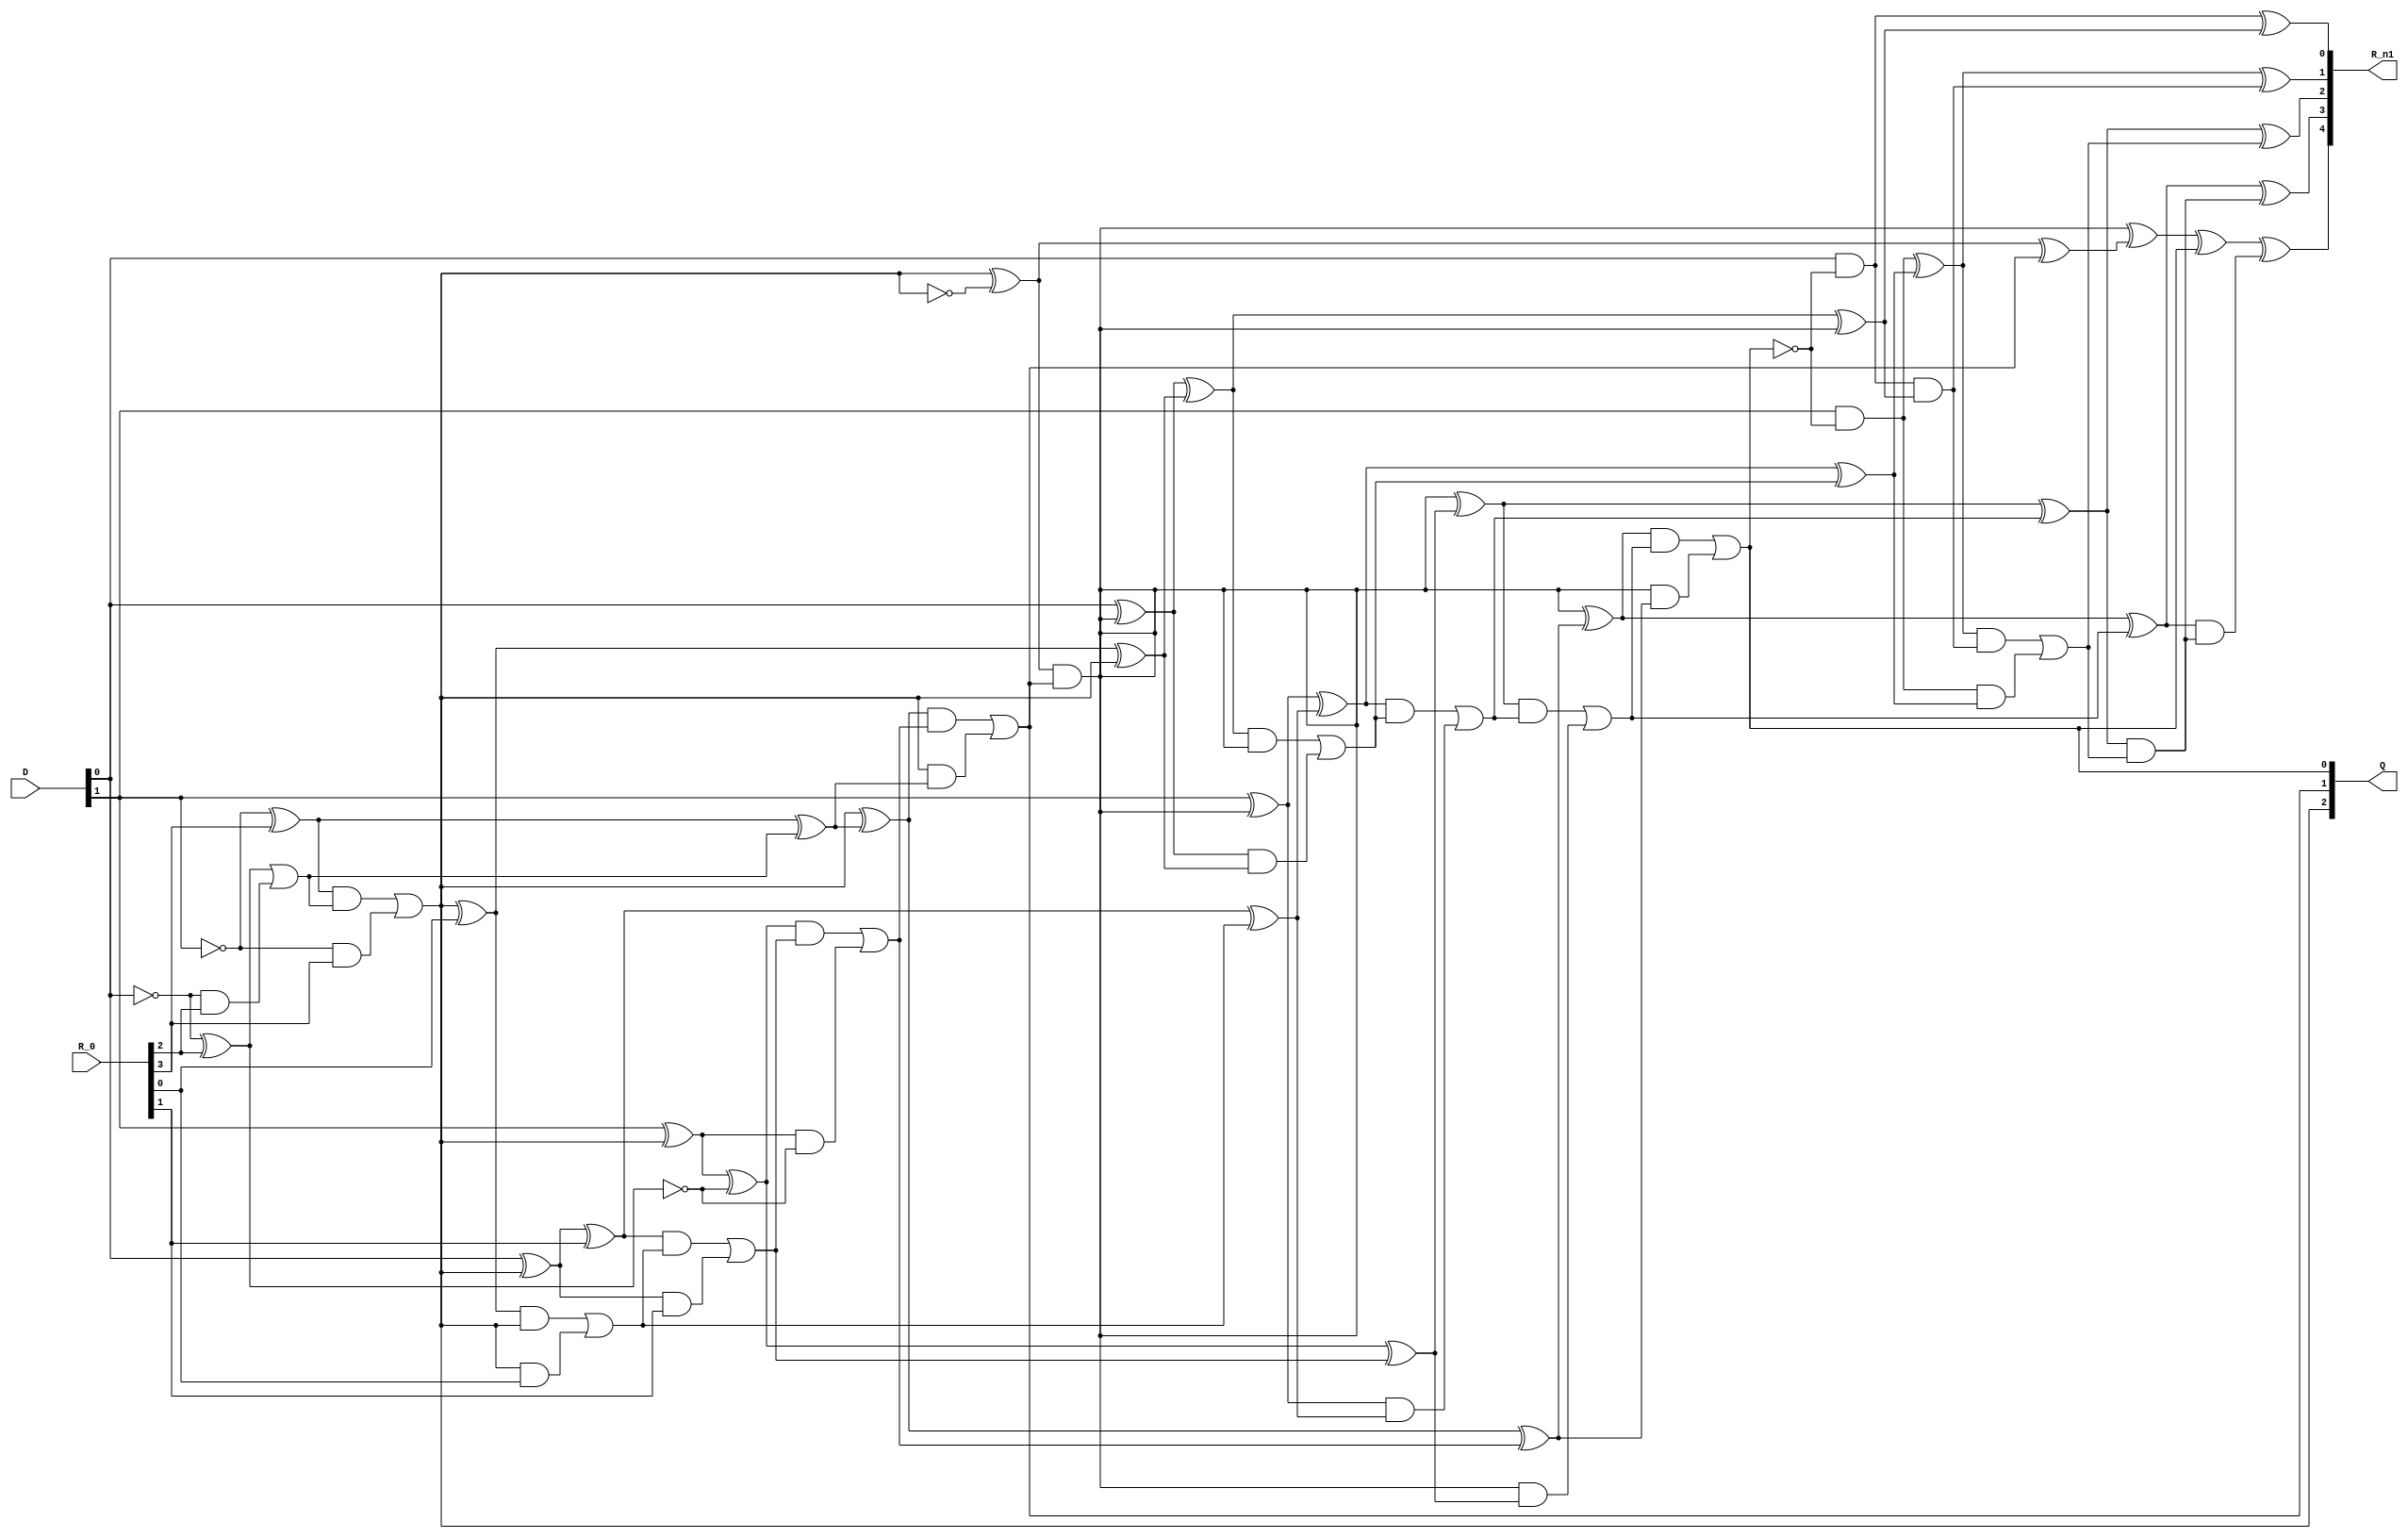
module Non_restoring_Divider 
    (
    input  [1:0] D,
    input  [3:0] R_0,
    output [2:0]  Q,
    output [4:0]  R_n1
    );

    wire [5:0] w_CARRY[3:0];
    wire [4:0] w_SUM[3:0];
    wire [4:0] r = {1'b0,R_0};
    wire [4:0] d = {{3'b0}, D}; 


    assign Q[2] = w_CARRY[0][4];
    assign Q[1] = w_CARRY[1][4];
    assign Q[0] = w_CARRY[2][4];

    assign w_CARRY[0][0] = 1'b1;
    assign w_CARRY[1][0] = w_CARRY[0][5];
    assign w_CARRY[2][0] = w_CARRY[1][5];
    assign w_CARRY[3][0] = 1'b0;

    assign w_SUM[3][0] = (d[0] & (!w_CARRY[2][4])) ^ (w_SUM[2][0]) ^ w_CARRY[3][0];
    assign w_SUM[3][1] = (d[1] & (!w_CARRY[2][4])) ^ (w_SUM[2][1]) ^ w_CARRY[3][1];
    assign w_SUM[3][2] = (d[2] & (!w_CARRY[2][4])) ^ (w_SUM[2][2]) ^ w_CARRY[3][2];
    assign w_SUM[3][3] = (d[3] & (!w_CARRY[2][4])) ^ (w_SUM[2][3]) ^ w_CARRY[3][3];
    assign w_SUM[3][4] = (d[4] & (!w_CARRY[2][4])) ^ (w_SUM[2][4]) ^ w_CARRY[3][4];
    assign w_CARRY[3][1] = (((d[0] & (!w_CARRY[2][4])) ^ (w_SUM[2][0])) & w_CARRY[3][0]) | ((d[0] & (!w_CARRY[2][4])) & (w_SUM[2][0]));
    assign w_CARRY[3][2] = (((d[1] & (!w_CARRY[2][4])) ^ (w_SUM[2][1])) & w_CARRY[3][1]) | ((d[1] & (!w_CARRY[2][4])) & (w_SUM[2][1]));
    assign w_CARRY[3][3] = (((d[2] & (!w_CARRY[2][4])) ^ (w_SUM[2][2])) & w_CARRY[3][2]) | ((d[2] & (!w_CARRY[2][4])) & (w_SUM[2][2]));
    assign w_CARRY[3][4] = (((d[3] & (!w_CARRY[2][4])) ^ (w_SUM[2][3])) & w_CARRY[3][3]) | ((d[3] & (!w_CARRY[2][4])) & (w_SUM[2][3]));
    assign w_CARRY[3][5] = (((d[4] & (!w_CARRY[2][4])) ^ (w_SUM[2][4])) & w_CARRY[3][4]) | ((d[4] & (!w_CARRY[2][4])) & (w_SUM[2][4]));

    assign w_SUM[0][0] = (d[3] ^ (1'b1)) ^ (r[0]) ^ w_CARRY[0][0];
    assign w_SUM[0][1] = (d[4] ^ (1'b1)) ^ (r[1]) ^ w_CARRY[0][1];
    assign w_SUM[0][2] = (d[0] ^ (1'b1)) ^ (r[2]) ^ w_CARRY[0][2];
    assign w_SUM[0][3] = (d[1] ^ (1'b1)) ^ (r[3]) ^ w_CARRY[0][3];
    assign w_SUM[0][4] = (d[2] ^ (1'b1)) ^ (r[4]) ^ w_CARRY[0][4];

    assign w_CARRY[0][1] = (((d[3] ^ (1'b1)) ^ (r[0])) & w_CARRY[0][0]) | ((d[3] ^ (1'b1)) & (r[0]));
    assign w_CARRY[0][2] = (((d[4] ^ (1'b1)) ^ (r[1])) & w_CARRY[0][1]) | ((d[4] ^ (1'b1)) & (r[1]));
    assign w_CARRY[0][3] = (((d[0] ^ (1'b1)) ^ (r[2])) & w_CARRY[0][2]) | ((d[0] ^ (1'b1)) & (r[2]));
    assign w_CARRY[0][4] = (((d[1] ^ (1'b1)) ^ (r[3])) & w_CARRY[0][3]) | ((d[1] ^ (1'b1)) & (r[3]));
    assign w_CARRY[0][5] = (((d[2] ^ (1'b1)) ^ (r[4])) & w_CARRY[0][4]) | ((d[2] ^ (1'b1)) & (r[4]));

    assign w_SUM[1][0] = (d[4] ^ w_CARRY[1][0]) ^ (w_SUM[0][0]) ^ w_CARRY[1][0];
    assign w_SUM[1][1] = (d[0] ^ w_CARRY[1][0]) ^ (w_SUM[0][1]) ^ w_CARRY[1][1];
    assign w_SUM[1][2] = (d[1] ^ w_CARRY[1][0]) ^ (w_SUM[0][2]) ^ w_CARRY[1][2];
    assign w_SUM[1][3] = (d[2] ^ w_CARRY[1][0]) ^ (w_SUM[0][3]) ^ w_CARRY[1][3];
    assign w_SUM[1][4] = (d[3] ^ w_CARRY[1][0]) ^ (w_SUM[0][4]) ^ w_CARRY[1][4];

    assign w_SUM[2][0] = (d[0] ^ w_CARRY[2][0]) ^ (w_SUM[1][0]) ^ w_CARRY[2][0];
    assign w_SUM[2][1] = (d[1] ^ w_CARRY[2][0]) ^ (w_SUM[1][1]) ^ w_CARRY[2][1];
    assign w_SUM[2][2] = (d[2] ^ w_CARRY[2][0]) ^ (w_SUM[1][2]) ^ w_CARRY[2][2];
    assign w_SUM[2][3] = (d[3] ^ w_CARRY[2][0]) ^ (w_SUM[1][3]) ^ w_CARRY[2][3];
    assign w_SUM[2][4] = (d[4] ^ w_CARRY[2][0]) ^ (w_SUM[1][4]) ^ w_CARRY[2][4];


    assign w_CARRY[1][1] = (((d[4] ^ w_CARRY[1][0]) ^ (w_SUM[0][0])) & w_CARRY[1][0]) | ((d[4] ^ w_CARRY[1][0]) & (w_SUM[0][0]));
    assign w_CARRY[1][2] = (((d[0] ^ w_CARRY[1][0]) ^ (w_SUM[0][1])) & w_CARRY[1][1]) | ((d[0] ^ w_CARRY[1][0]) & (w_SUM[0][1]));
    assign w_CARRY[1][3] = (((d[1] ^ w_CARRY[1][0]) ^ (w_SUM[0][2])) & w_CARRY[1][2]) | ((d[1] ^ w_CARRY[1][0]) & (w_SUM[0][2]));
    assign w_CARRY[1][4] = (((d[2] ^ w_CARRY[1][0]) ^ (w_SUM[0][3])) & w_CARRY[1][3]) | ((d[2] ^ w_CARRY[1][0]) & (w_SUM[0][3]));
    assign w_CARRY[1][5] = (((d[3] ^ w_CARRY[1][0]) ^ (w_SUM[0][4])) & w_CARRY[1][4]) | ((d[3] ^ w_CARRY[1][0]) & (w_SUM[0][4]));

    assign w_CARRY[2][1] = (((d[0] ^ w_CARRY[2][0]) ^ (w_SUM[1][0])) & w_CARRY[2][0]) | ((d[0] ^ w_CARRY[2][0]) & (w_SUM[1][0]));
    assign w_CARRY[2][2] = (((d[1] ^ w_CARRY[2][0]) ^ (w_SUM[1][1])) & w_CARRY[2][1]) | ((d[1] ^ w_CARRY[2][0]) & (w_SUM[1][1]));
    assign w_CARRY[2][3] = (((d[2] ^ w_CARRY[2][0]) ^ (w_SUM[1][2])) & w_CARRY[2][2]) | ((d[2] ^ w_CARRY[2][0]) & (w_SUM[1][2]));
    assign w_CARRY[2][4] = (((d[3] ^ w_CARRY[2][0]) ^ (w_SUM[1][3])) & w_CARRY[2][3]) | ((d[3] ^ w_CARRY[2][0]) & (w_SUM[1][3]));
    assign w_CARRY[2][5] = (((d[4] ^ w_CARRY[2][0]) ^ (w_SUM[1][4])) & w_CARRY[2][4]) | ((d[4] ^ w_CARRY[2][0]) & (w_SUM[1][4]));

   
   assign R_n1 = w_SUM[3];
 
endmodule